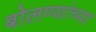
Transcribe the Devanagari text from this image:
बोलण्यांच्या